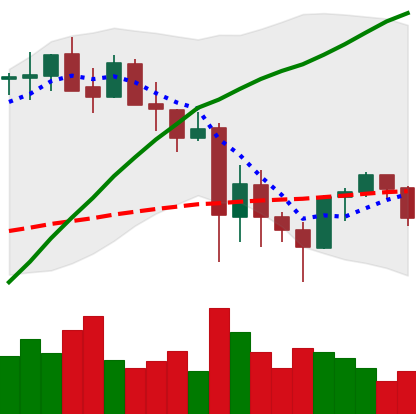
Ticker: ETH-USD
Chart end date: 2021-05-28
Forward return: 11.828%
Label: up_7plus